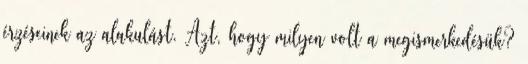
érzéseinek az alakulást. Azt, hogy milyen volt a megismerkedésük?